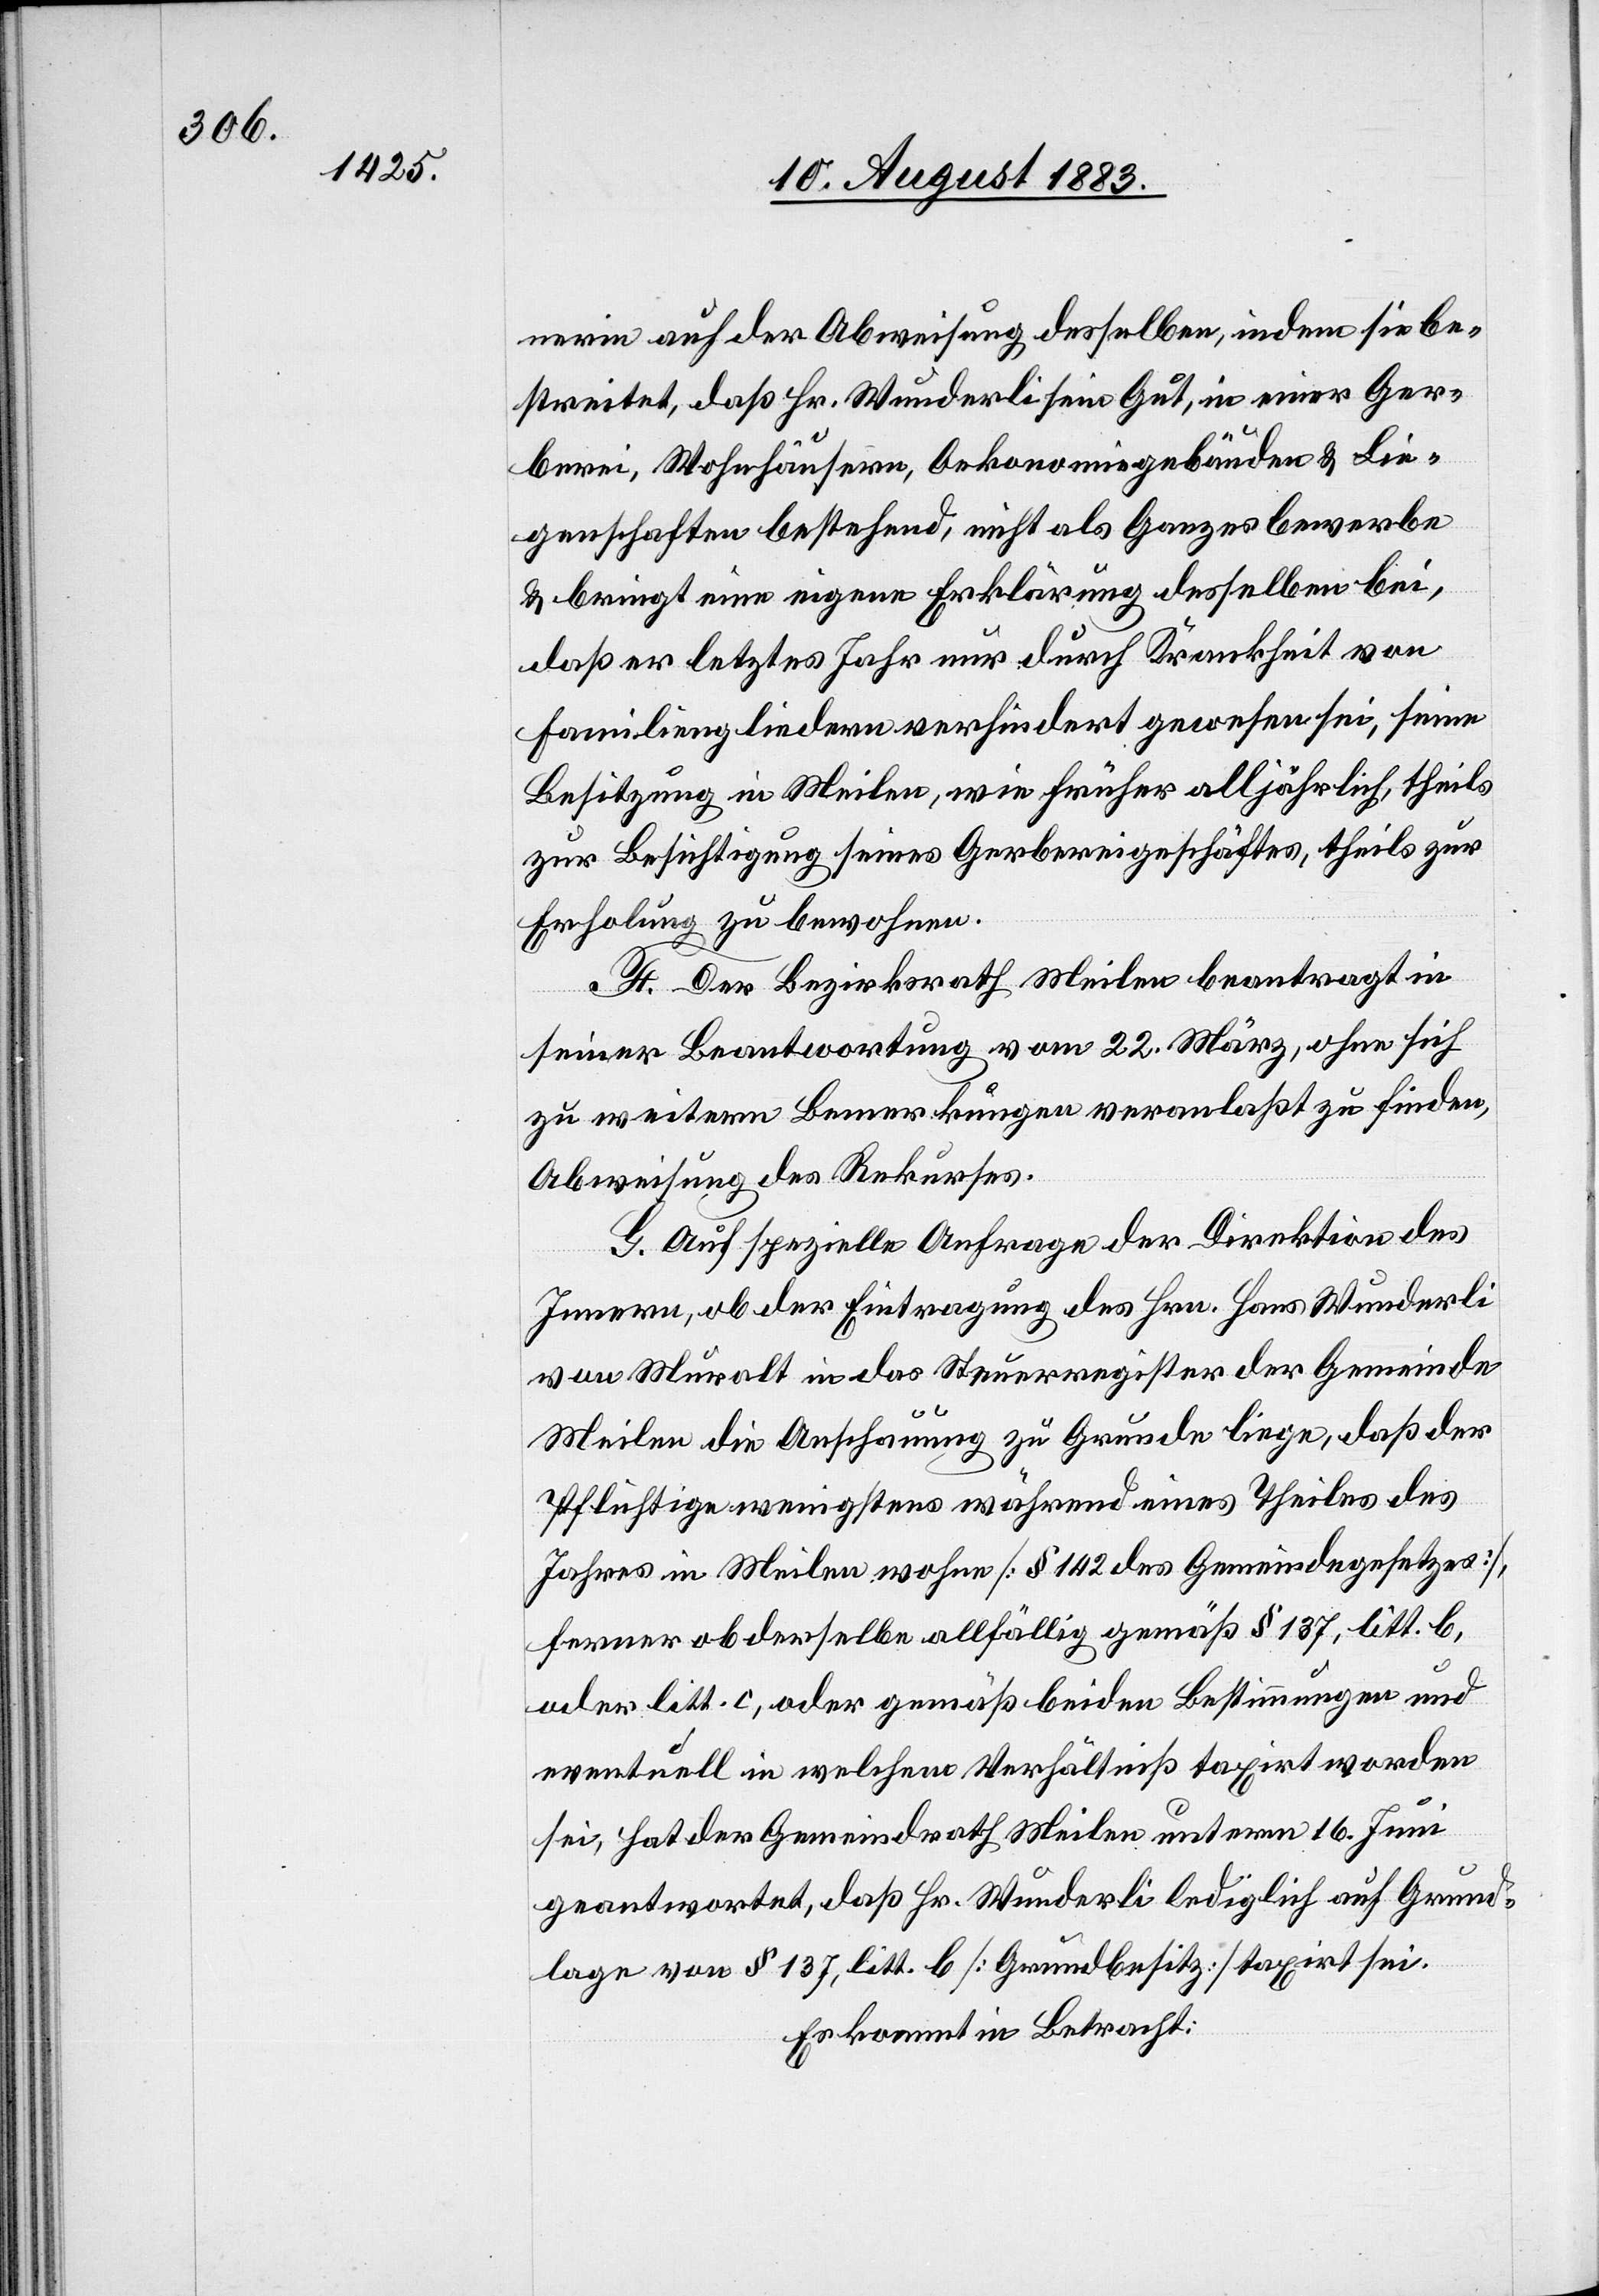
nerin auf der Abweisung desselben, indem sie be¬
streitet, daß Hr. Wunderli sein Gut, in einer Ger¬
berei, Wohnhäusern, Oekonomiegebäude & Lie¬
genschaften bestehend, nicht als Ganzes bewerbe
& bringt eine eigene Erklärung desselben bei,
daß er letztes Jahr nur durch Krankheit von
Familienmitgliedern verhindert gewesen sei, seine
Besitzung in Meilen, wie früher alljährlich, theils
zur Besichtigung seines Gerbereigeschäftes, theils zur
Erholung zu bewohnen.
F. Der Bezirksrath Meilen beantragt in
seiner Beantwortung vom 22. März, ohne sich
zu weitern Bemerkungen veranlaßt zu finden,
Abweisung des Rekurses.
G. Auf spezielle Anfrage der Direktion des
Innern, ob der Eintragung des Hrn. Hans Wunderli
von Muralt in das Steuerregister der Gemeinde
Meilen die Anschauung zu Grunde liege, daß der
Pflichtige wenigstens während eines Theiles des
Jahres in Meilen wohne [§ 142 des Gemeindegesetzes],
ferner ob derselbe allfällig gemäß § 137, litt. b,
oder litt. c, oder gemäß beiden Bestimmungen und
eventuell in welchem Verhältniß taxirt worden
sei, hat der Gemeindrath Meilen unterm 16. Juni
geantwortet, daß Hr. Wunderli lediglich auf Grund¬
lage von § 137, litt. b [Grundbesitz] taxirt sei.
Es kommt in Betracht: